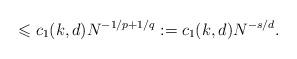
LaTeX: \begin{align*} \leqslant c_1(k,d)N^{-1/p+1/q}:=c_1(k,d)N^{-s/d}.\end{align*}